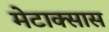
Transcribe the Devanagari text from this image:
मेटाक्सास